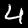
Digit: 4